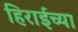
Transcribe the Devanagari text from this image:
हिराईच्या